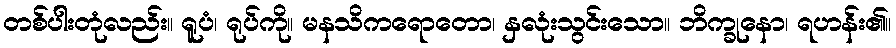
တစ်ပါးတုံလည်း။ ရူပံ၊ ရုပ်ကို။ မနသိကရောတော၊ နှလုံးသွင်းသော။ ဘိက္ခုနော၊ ရဟန်း၏။